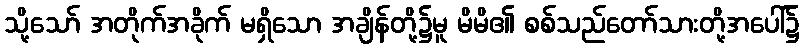
သို့သော် အတိုက်အခိုက် မရှိသော အချိန်တို့၌မူ မိမိ၏ စစ်သည်တော်သားတို့အပေါ်၌